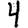
Digit: 4